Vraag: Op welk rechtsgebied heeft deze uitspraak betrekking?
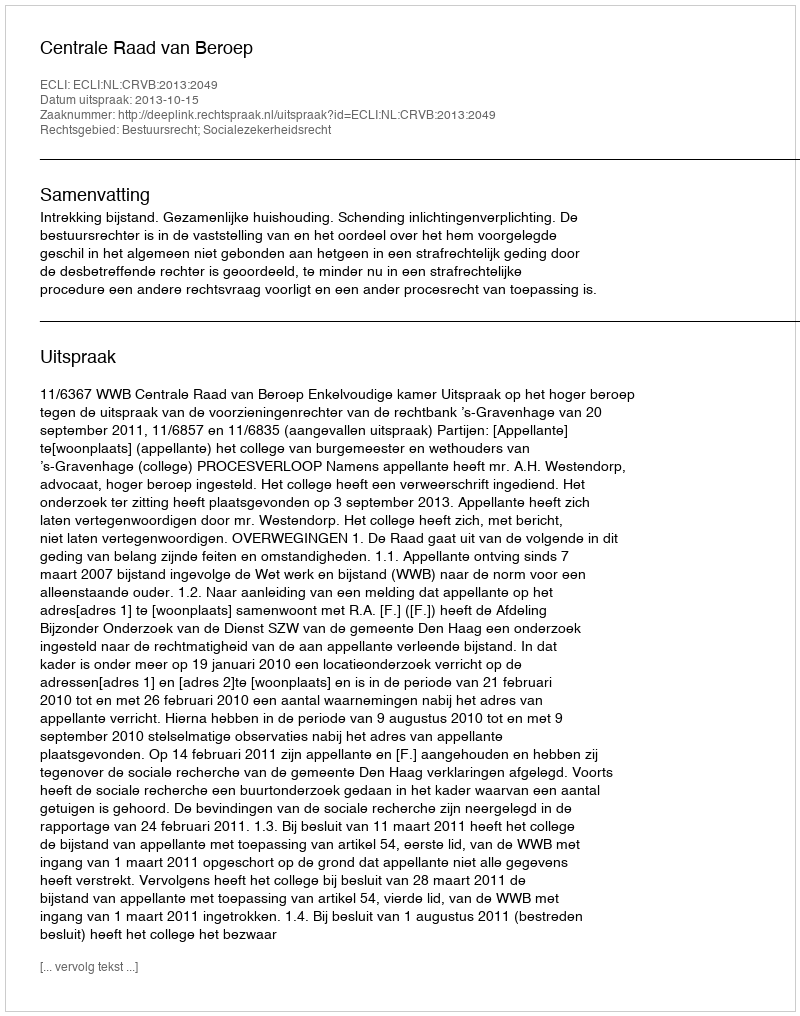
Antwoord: Bestuursrecht; Socialezekerheidsrecht